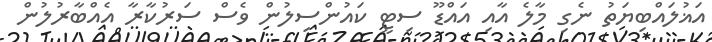
އަޣުލައްބިޔަތު ނެގި މާލެ އާއި އައްޑޫ ސިޓީ ކައުންސިލުން ވެސް ސަރުކާރާ އެއްބާރުލުން